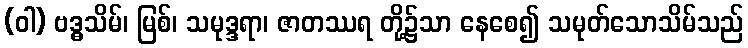
(ဝါ) ဗဒ္ဓသိမ်၊ မြစ်၊ သမုဒ္ဒရာ၊ ဇာတဿရ တို့၌သာ နေစေ၍ သမုတ်သောသိမ်သည်